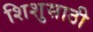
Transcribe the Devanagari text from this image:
शिशुसाठी